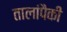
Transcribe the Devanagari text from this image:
तालांपैकी